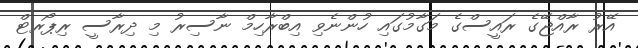
އޭރު ރާއްޖޭގެ ރައީސްގެ މަގާމުގައި ހުންނެވި އިބްރާހިމް ނާސިރު މި ދިރާސީ ރިޕޯރޓް